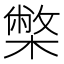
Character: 𭬅